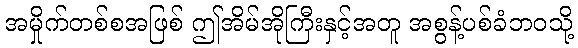
အမှိုက်တစ်စအဖြစ် ဤအိမ်အိုကြီးနှင့်အတူ အစွန့်ပစ်ခံဘဝသို့